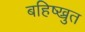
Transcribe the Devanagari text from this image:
बहिष्ख्रुत